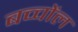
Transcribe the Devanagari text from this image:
बच्चोंल